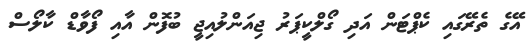
އޭގެ ތެރޭގައި ކެޕްޓަން އަދި ގޯލްކީޕަރު ޖިއަންލުއިޖީ ބުފޮން އާއި ފޯވާޑް ކާލޯސް